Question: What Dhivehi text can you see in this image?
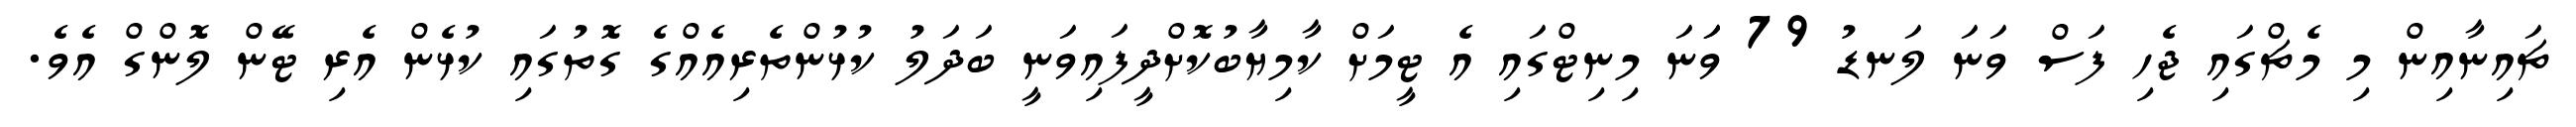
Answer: ޗައިނާއިން މި މެޗްގައި ޖެހި ފަސް ވަނަ ލަނޑު 79 ވަަނަ މިނިޓްގައި އެ ޓީމަށް ކާމިޔާބުކޮށްދީފައިވަނީ ބަދަލު ކުޅުންތެރިއެއްގެ ގޮތުގައި ކުޅެން އެރި ޓޭން ލޮންގް އެވެ.